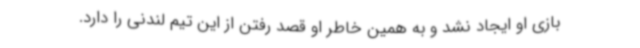
بازی او ایجاد نشد و به همین خاطر او قصد رفتن از این تیم لندنی را دارد.